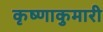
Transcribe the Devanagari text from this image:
कृष्णाकुमारी